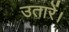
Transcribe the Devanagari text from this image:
उतारें।